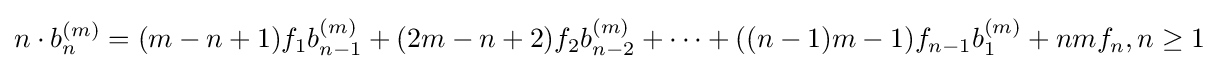
n\cdot b_{n}^{(m)}=(m-n+1)f_{1}b_{n-1}^{(m)}+(2m-n+2)f_{2}b_{n-2}^{(m)}+\cdots +((n-1)m-1)f_{n-1}b_{1}^{(m)}+nmf_{n},n\geq 1